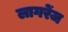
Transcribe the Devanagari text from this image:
लागरेंज